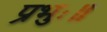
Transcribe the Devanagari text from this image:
प्रभुः॥